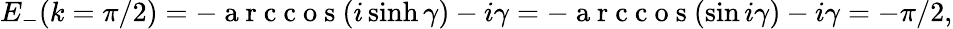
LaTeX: E_{-}(k=\pi/2)=-\mathrm{~a~r~c~c~o~s~}(i\sinh\gamma)-i\gamma=-\mathrm{~a~r~c~c~o~s~}(\sin i\gamma)-i\gamma=-\pi/2,